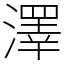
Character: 澤